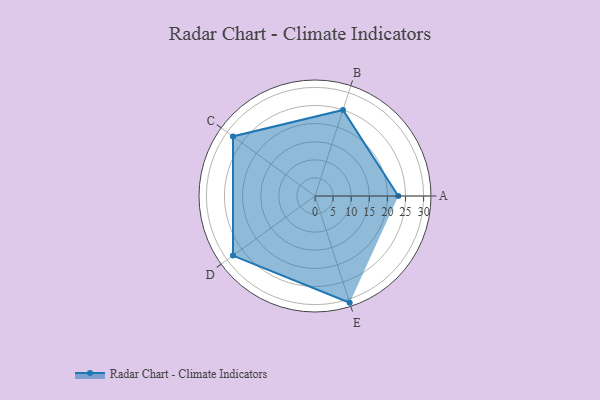
{"axis": {"x": "Skill", "y": "Score"}, "legend": ["Profile"], "data": [{"x": "A", "y": 23.0, "type": "Profile"}, {"x": "B", "y": 25.0, "type": "Profile"}, {"x": "C", "y": 28.0, "type": "Profile"}, {"x": "D", "y": 28.0, "type": "Profile"}, {"x": "E", "y": 31.0, "type": "Profile"}]}